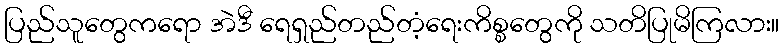
ပြည်သူတွေကရော အဲဒီ ရေရှည်တည်တံ့ရေးကိစ္စတွေကို သတိပြုမိကြလား။